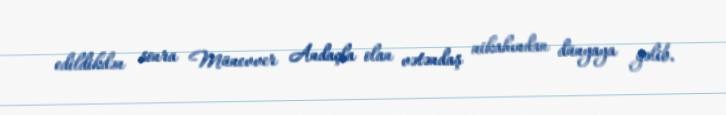
edildikdən sonra Münevver Andaçla olan vətəndaş nikahından dünyaya gəlib.